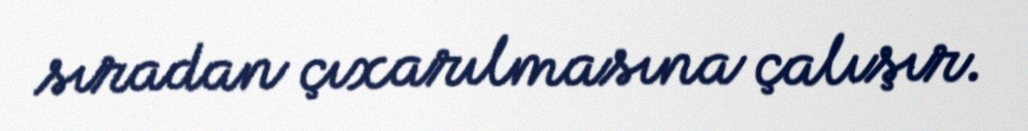
sıradan çıxarılmasına çalışır.